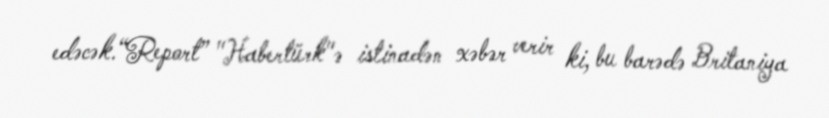
edəcək.“Report” "Habertürk"ə istinadən xəbər verir ki, bu barədə Britaniya